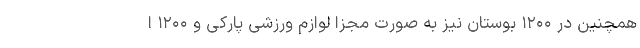
همچنین در ۱۲۰۰ بوستان نیز به صورت مجزا لوازم ورزشی پارکی و ۱۲۰۰ ا